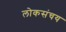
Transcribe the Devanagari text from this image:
लोकसंचय